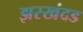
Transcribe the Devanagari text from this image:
झरखंदड